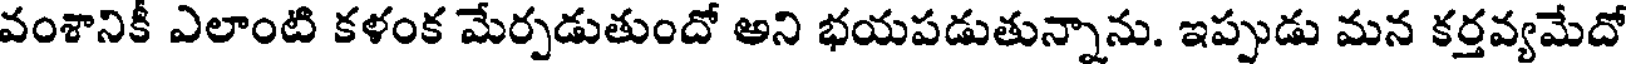
వంశానికీ ఎలాంటి కళంక మేర్పడుతుందో అని భయపడుతున్నాను. ఇప్పుడు మన కర్తవ్యమేదో